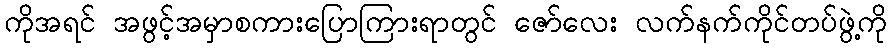
ကိုအရင် အဖွင့်အမှာစကားပြောကြားရာတွင် ဇော်လေး လက်နက်ကိုင်တပ်ဖွဲ့ကို